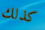
كذلك